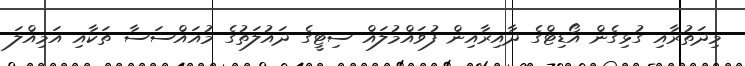
މިދަތުރާއި ގުޅިގެން އޯޑިޓްގެ ދާއިރާއިން ފުވައްމުލައް ސިޓީގެ ދައުލަތުގެ މުއައްސަސާ ތަކާއި އަމިއްލަ